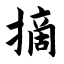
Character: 摘